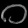
Digit: ၀